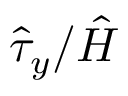
\hat { \tau } _ { y } / \hat { H }